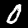
Digit: 0